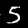
Digit: 5